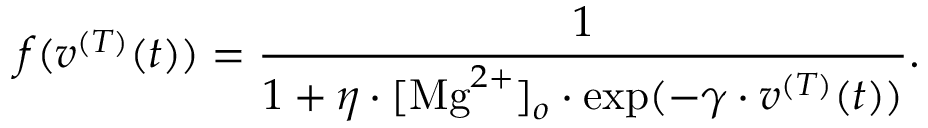
f ( v ^ { ( T ) } ( t ) ) = \frac { 1 } { 1 + \eta \cdot [ \mathrm { M g } ^ { 2 + } ] _ { o } \cdot \exp ( - \gamma \cdot v ^ { ( T ) } ( t ) ) } .